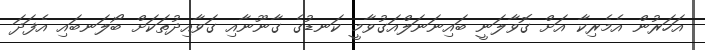
އަހަރުން އެމެރިކާ އަށް ގޮވާލަނީ ބައިނަނަލްއަގުވާމީ ކަނޑުގެ ގާނޫނާއި ގަވާއިދުތަކަށް ބޯލަނބައި އެފަދަ